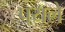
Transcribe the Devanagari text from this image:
पयले